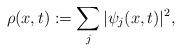
LaTeX: \begin{align*}\rho(x,t) := \sum_j |\psi_j(x,t)|^2 ,\end{align*}